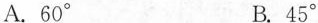
A.60° B.45°